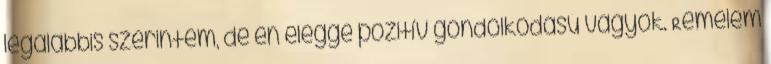
legalábbis szerintem, de én eléggé pozitív gondolkodású vagyok. Remélem